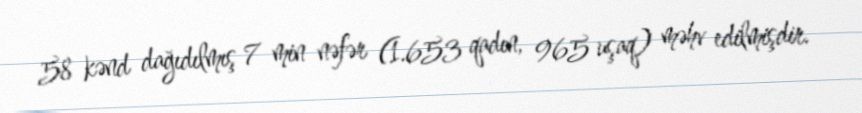
58 kənd dağıdılmış 7 min nəfər (1.653 qadın, 965 uşaq) məhv edilmişdir.